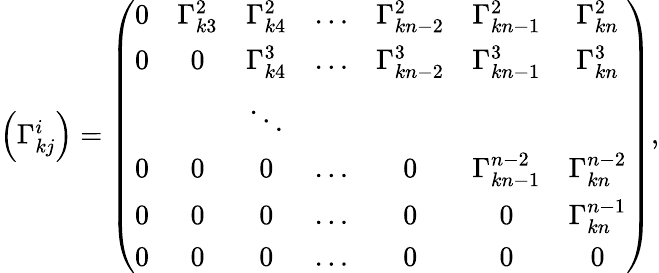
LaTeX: \begin{array}{r}{\left(\Gamma_{kj}^{i}\right)=\left(\begin{array}{ccccccc}{0}&{\Gamma_{k3}^{2}}&{\Gamma_{k4}^{2}}&{\ldots}&{\Gamma_{kn-2}^{2}}&{\Gamma_{kn-1}^{2}}&{\Gamma_{kn}^{2}}\\ {0}&{0}&{\Gamma_{k4}^{3}}&{\ldots}&{\Gamma_{kn-2}^{3}}&{\Gamma_{kn-1}^{3}}&{\Gamma_{kn}^{3}}\\ &&{\ddots}&&&&\\ {0}&{0}&{0}&{\ldots}&{0}&{\Gamma_{kn-1}^{n-2}}&{\Gamma_{kn}^{n-2}}\\ {0}&{0}&{0}&{\ldots}&{0}&{0}&{\Gamma_{kn}^{n-1}}\\ {0}&{0}&{0}&{\ldots}&{0}&{0}&{0}\end{array}\right),}\end{array}